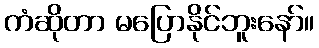
ကံဆိုတာ မပြောနိုင်ဘူးနော်။